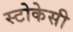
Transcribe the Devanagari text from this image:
स्टोकेसी